Report on plague in the Punjab from October 1st ... to September 30th ..., being the ... season of plague in the province
Disease focus: Plague
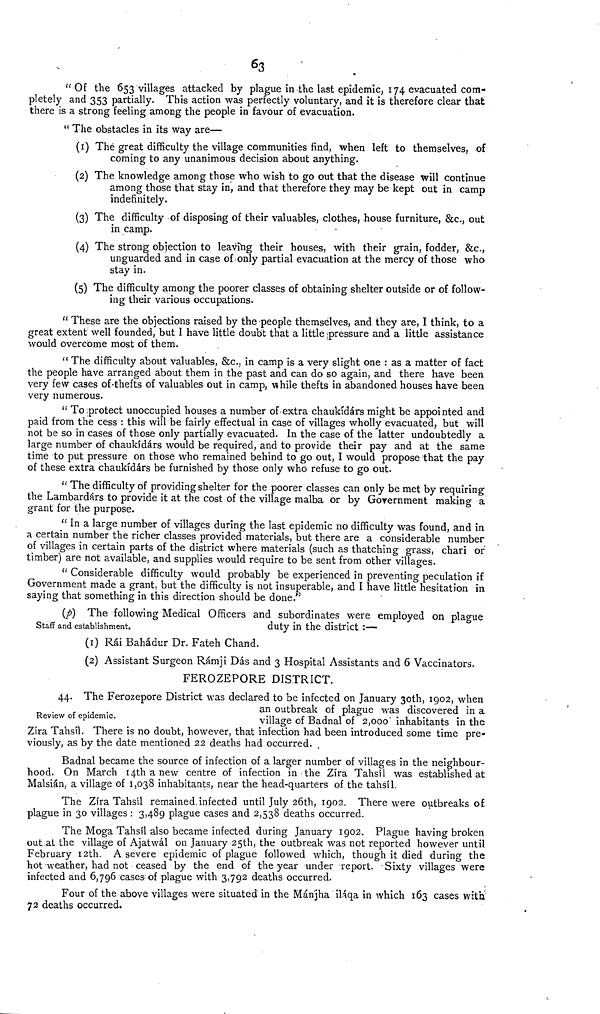
63
" Of the 653 villages attacked by plague in the last epidemic, 174 evacuated com-
pletely and 353 partially. This action was perfectly voluntary, and it is therefore clear that
there is a strong feeling among the people in favour of evacuation.
" The obstacles in its way are—
(1) The great difficulty the village communities find, when left to themselves, of
coming to any unanimous decision about anything.
(2) The knowledge among those who wish to go out that the disease will continue
among those that stay in, and that therefore they may be kept out in camp
indefinitely.
(3) The difficulty of disposing of their valuables, clothes, house furniture, &c, out
in camp.
(4) The strong objection to leaving their houses, with their grain, fodder, &c,
unguarded and in case of only partial evacuation at the mercy of those who
stay in.
(5) The difficulty among the poorer classes of obtaining shelter outside or of follow-
ing their various occupations.
" These are the objections raised by the people themselves, and they are, I think, to a
great extent well founded, but I have little doubt that a little ¡pressure and a little assistance
would overcome most of them.
" The difficulty about valuables, &c, in camp is a very slight one : as a matter of fact
the people have arranged about them in the past and can do so again, and there have been
very few cases of thefts of valuables out in camp, while thefts in abandoned houses have been
very numerous.
" To protect unoccupied houses a number of extra chaukídárs might be appointed and
paid from the cess : this will be fairly effectual in case of villages wholly evacuated, but will
not be so in cases of those only partially evacuated. In the case of the latter undoubtedly a
large number of chaukídárs would be required, and to provide their pay and at the same
time to put pressure on those who remained behind to go out, I would propose that the pay
of these extra chaukídárs be furnished by those only who refuse to go out.
" The difficulty of providing shelter for the poorer classes can only be met by requiring
the Lambardárs to provide it at the cost of the village malba or by Gorernment making a
grant for the purpose.
" In a large number of villages during the last epidemic no difficulty was found, and in
a certain number the richer classes provided materials, but there are a considerable number
of villages in certain parts of the district where materials (such as thatching grass, chari or
timber) are not available, and supplies would require to be sent from other villages.
" Considerable difficulty would probably be experienced in preventing peculation if
Government made a grant, but the difficulty is not insuperable, and I have little hesitation in
saying that something in this direction should be done."
(p) The following Medical Officers and subordinates were employed on plague
Staff and establishment.
duty in the district :—
(1) Rái Bahádur Dr. Fateh Chand.
(2) Assistant Surgeon Rámji Dás and 3 Hospital Assistants and 6 Vaccinators.
FEROZEPORE DISTRICT.
Review of epidemic,
44. The Ferozepore District was declared to be infected on January 30th, 1902, when
an outbreak of plague was discovered in a
village of Badnal of 2,000' inhabitants in the
Zira Tahsil. There is no doubt, however, that infection had been introduced some time pre-
viously, as by the date mentioned 22 deaths had occurred.
Badnal became the source of infection of a larger number of villages in the neighbour-
hood. On March 14th a new centre of infection in the Zira Tahsil was established at
Malsián, a village of 1,038 inhabitants, near the head-quarters of the tahsil.
The Zira Tahsil remained-infected until July 26th, 1902. There were outbreaks of
plague in 30 villages : 3,489 plague cases and 2,538 deaths occurred.
The Moga Tahsil also became infected during January 1902. Plague having broken
out at the village of Ajatwál on January 25th, the outbreak was not reported however until
February 12th. A severe epidemic of plague followed which, though it died during the
hot weather, had not ceased by the end of the year under report. Sixty villages were
infected and 6,796 cases-of plague with 3,792 deaths occurred.
Four of the above villages were situated in the Mánjha iláqa in which 163 cases with
72 deaths occurred.